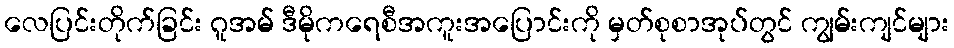
လေပြင်းတိုက်ခြင်း ဂူအမ် ဒီမိုကရေစီအကူးအပြောင်းကို မှတ်စုစာအုပ်တွင် ကျွမ်းကျင်များ